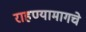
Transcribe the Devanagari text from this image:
राहण्यामागचे